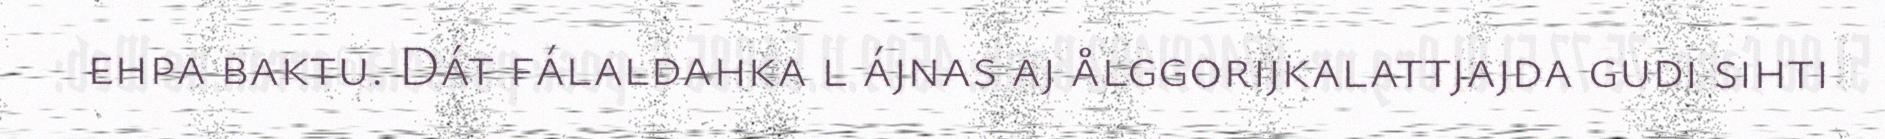
ehpa baktu. Dát fálaldahka l ájnas aj ålggorijkalattjajda gudi sihti